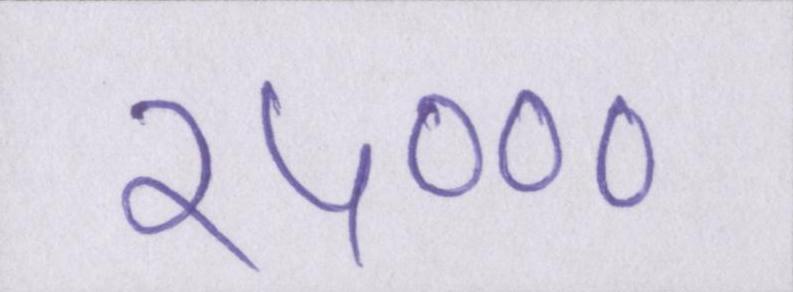
२५०००